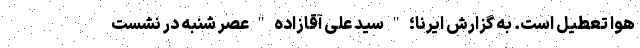
هوا تعطیل است. به گزارش ایرنا؛ " سید علی آقازاده " عصر شنبه در نشست